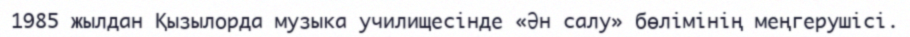
1985 жылдан Қызылорда музыка училищесінде «Ән салу» бөлімінің меңгерушісі.